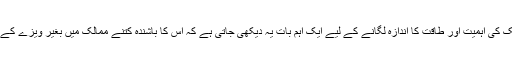
کسی بھی ملک کی اہمیت اور طاقت کا اندازہ لگانے کے لیے ایک اہم بات یہ دیکھی جاتی ہے کہ اس کا باشندہ کتنے ممالک میں بغیر ویزے کے جاسکتا ہے۔